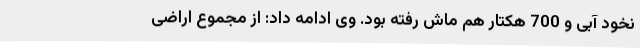
نخود آبی و 700 هکتار هم ماش رفته بود. وی ادامه داد: از مجموع اراضی